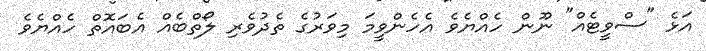
އަޅެ "ސްވީޓެއް" ނޫން ހެއްޔެވެ އެހެންވީމަ މިވަރުގެ ތެދުވެރި ލޯތްބެއް އެބައޮތް ހެއްޔެވެ